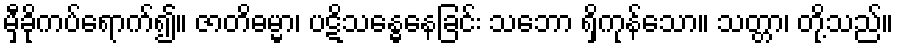
မှီခိုကပ်ရောက်၍။ ဇာတိဓမ္မာ၊ ပဋိသန္ဓေနေခြင်း သဘော ရှိကုန်သော။ သတ္တာ၊ တို့သည်။